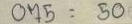
075 = 50